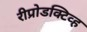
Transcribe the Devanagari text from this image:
रीप्रोडक्टिव्ह